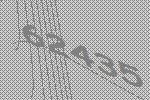
62435